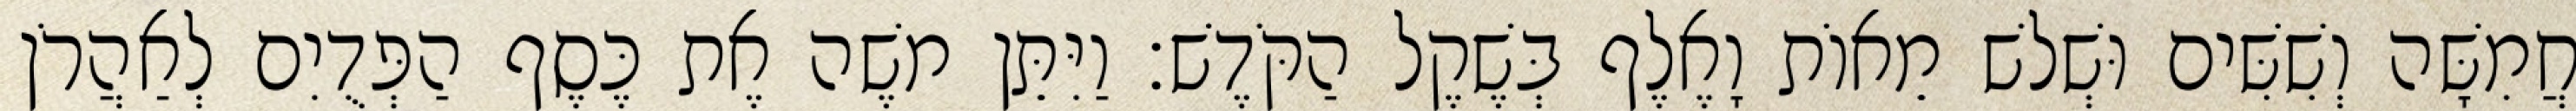
חֲמִשָּׁה וְשִׁשִּׁים וּשְׁלשׁ מֵאוֹת וָאֶלֶף בְּשֶׁקֶל הַקֹּדֶשׁ׃ וַיִּתֵּן משֶׁה אֶת כֶּסֶף הַפְּדֻיִם לְאַהֲרֹן